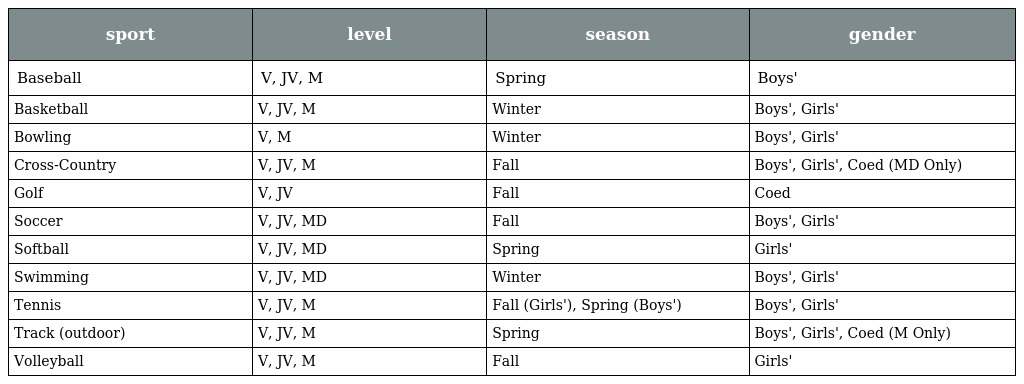
| sport | level | season | gender |
 | --- | --- | --- | --- |
 | Baseball | V, JV, M | Spring | Boys' |
 | Basketball | V, JV, M | Winter | Boys', Girls' |
 | Bowling | V, M | Winter | Boys', Girls' |
 | Cross-Country | V, JV, M | Fall | Boys', Girls', Coed (MD Only) |
 | Golf | V, JV | Fall | Coed |
 | Soccer | V, JV, MD | Fall | Boys', Girls' |
 | Softball | V, JV, MD | Spring | Girls' |
 | Swimming | V, JV, MD | Winter | Boys', Girls' |
 | Tennis | V, JV, M | Fall (Girls'), Spring (Boys') | Boys', Girls' |
 | Track (outdoor) | V, JV, M | Spring | Boys', Girls', Coed (M Only) |
 | Volleyball | V, JV, M | Fall | Girls' |